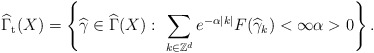
\begin{align*}\widehat{\Gamma }_{\mathrm{t}}(X)=\left\{ \widehat{\gamma }\in \widehat{\Gamma }(X):\ \sum_{k\in \mathbb{Z}^{d}}e^{-\alpha \left\vert k\right\vert}F(\widehat{\gamma }_{k})<\infty \alpha >0\right\} .\end{align*}